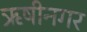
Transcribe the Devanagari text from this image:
ऋषीनगर